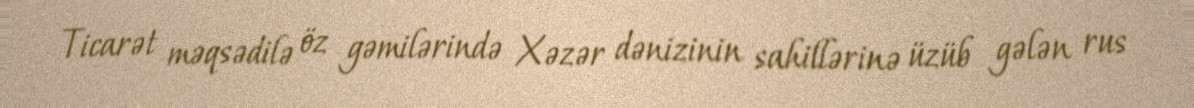
Ticarət məqsədilə öz gəmilərində Xəzər dənizinin sahillərinə üzüb gələn rus